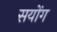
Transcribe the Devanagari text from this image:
सयोंग